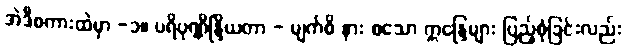
အဲဒီစကားထဲမှာ -၁။ ပရိပုဏ္ဏိန္ဒြိယတာ - မျက်စိ နား စသော ဣန္ဒြေများ ပြည့်စုံခြင်းလည်း